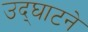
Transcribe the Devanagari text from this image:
उद्‌घाटने